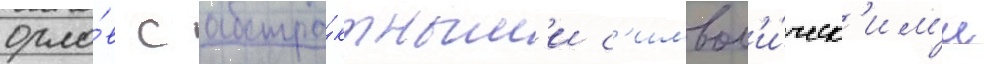
орло́в с абстра́ктным'и с'имвол'и́ческ'им'и